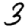
Digit: 3